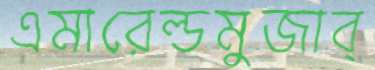
এমারেল্ডমুজাব্